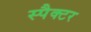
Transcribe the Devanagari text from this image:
स्पैक्टर